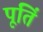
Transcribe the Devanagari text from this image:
पूतिं